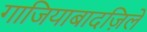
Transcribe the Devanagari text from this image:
गाजियाबादज़िले